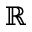
\mathbb { R }